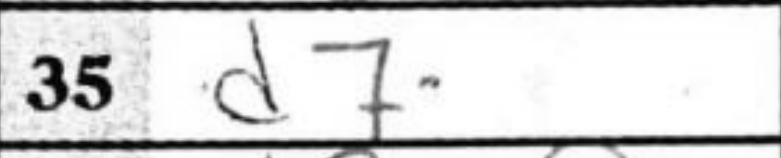
Transcription: d7